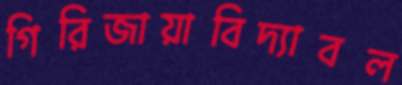
গিরিজায়াবিদ্যাবল